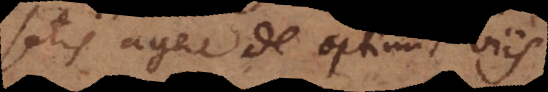
satis agere de optimis viis